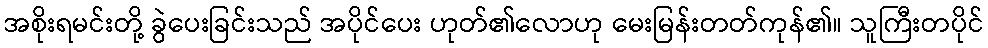
အစိုးရမင်းတို့ ခွဲပေးခြင်းသည် အပိုင်ပေး ဟုတ်၏လောဟု မေးမြန်းတတ်ကုန်၏။ သူကြီးတပိုင်